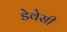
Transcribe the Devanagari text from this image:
डेवेसी